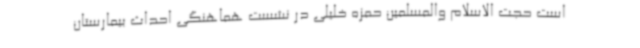
است حجت الاسلام والمسلمین حمزه خلیلی در نشست هماهنگی احداث بیمارستان